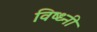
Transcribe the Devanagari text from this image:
विष्ध्नी